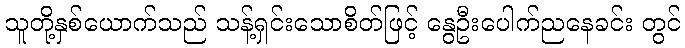
သူတို့နှစ်ယောက်သည် သန့်ရှင်းသောစိတ်ဖြင့် နွေဦးပေါက်ညနေခင်း တွင်